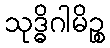
သုဒ္ဓိဂါမိဉ္စ